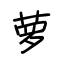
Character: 萝